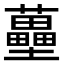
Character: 蘲